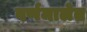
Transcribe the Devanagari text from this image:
वर्णमालेत